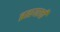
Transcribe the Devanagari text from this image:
ब्रह्मयाची